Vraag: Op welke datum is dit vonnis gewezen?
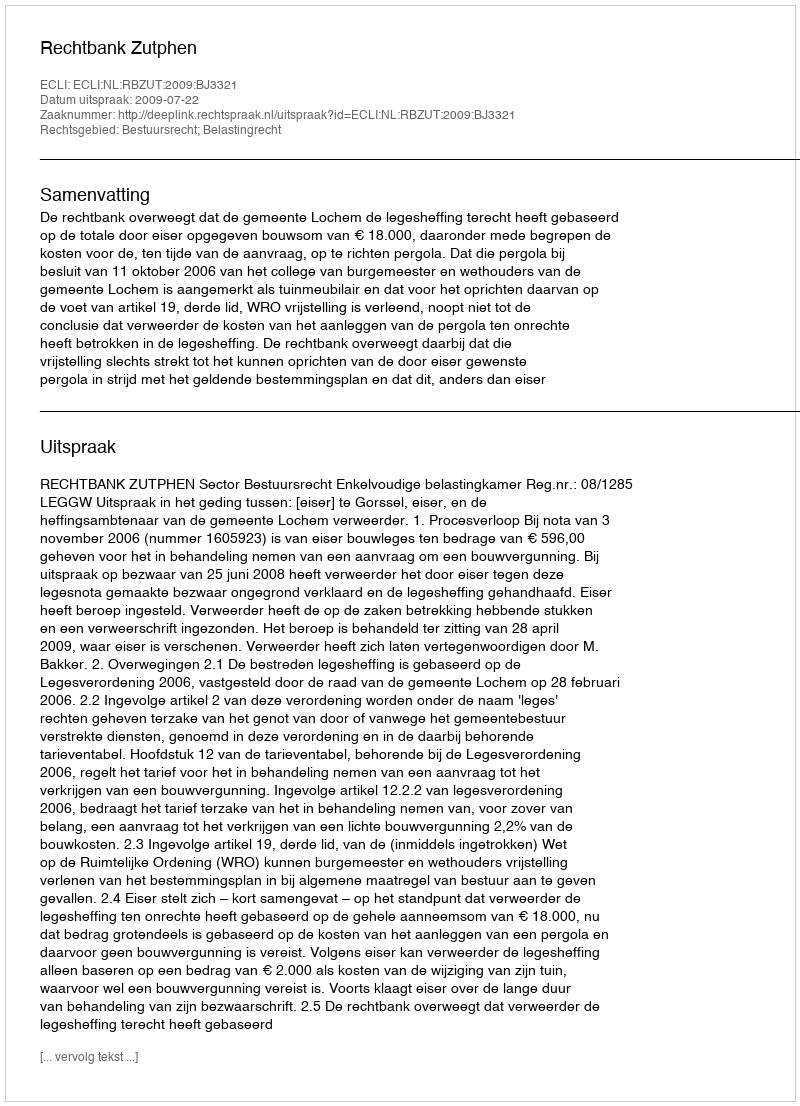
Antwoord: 2009-07-22